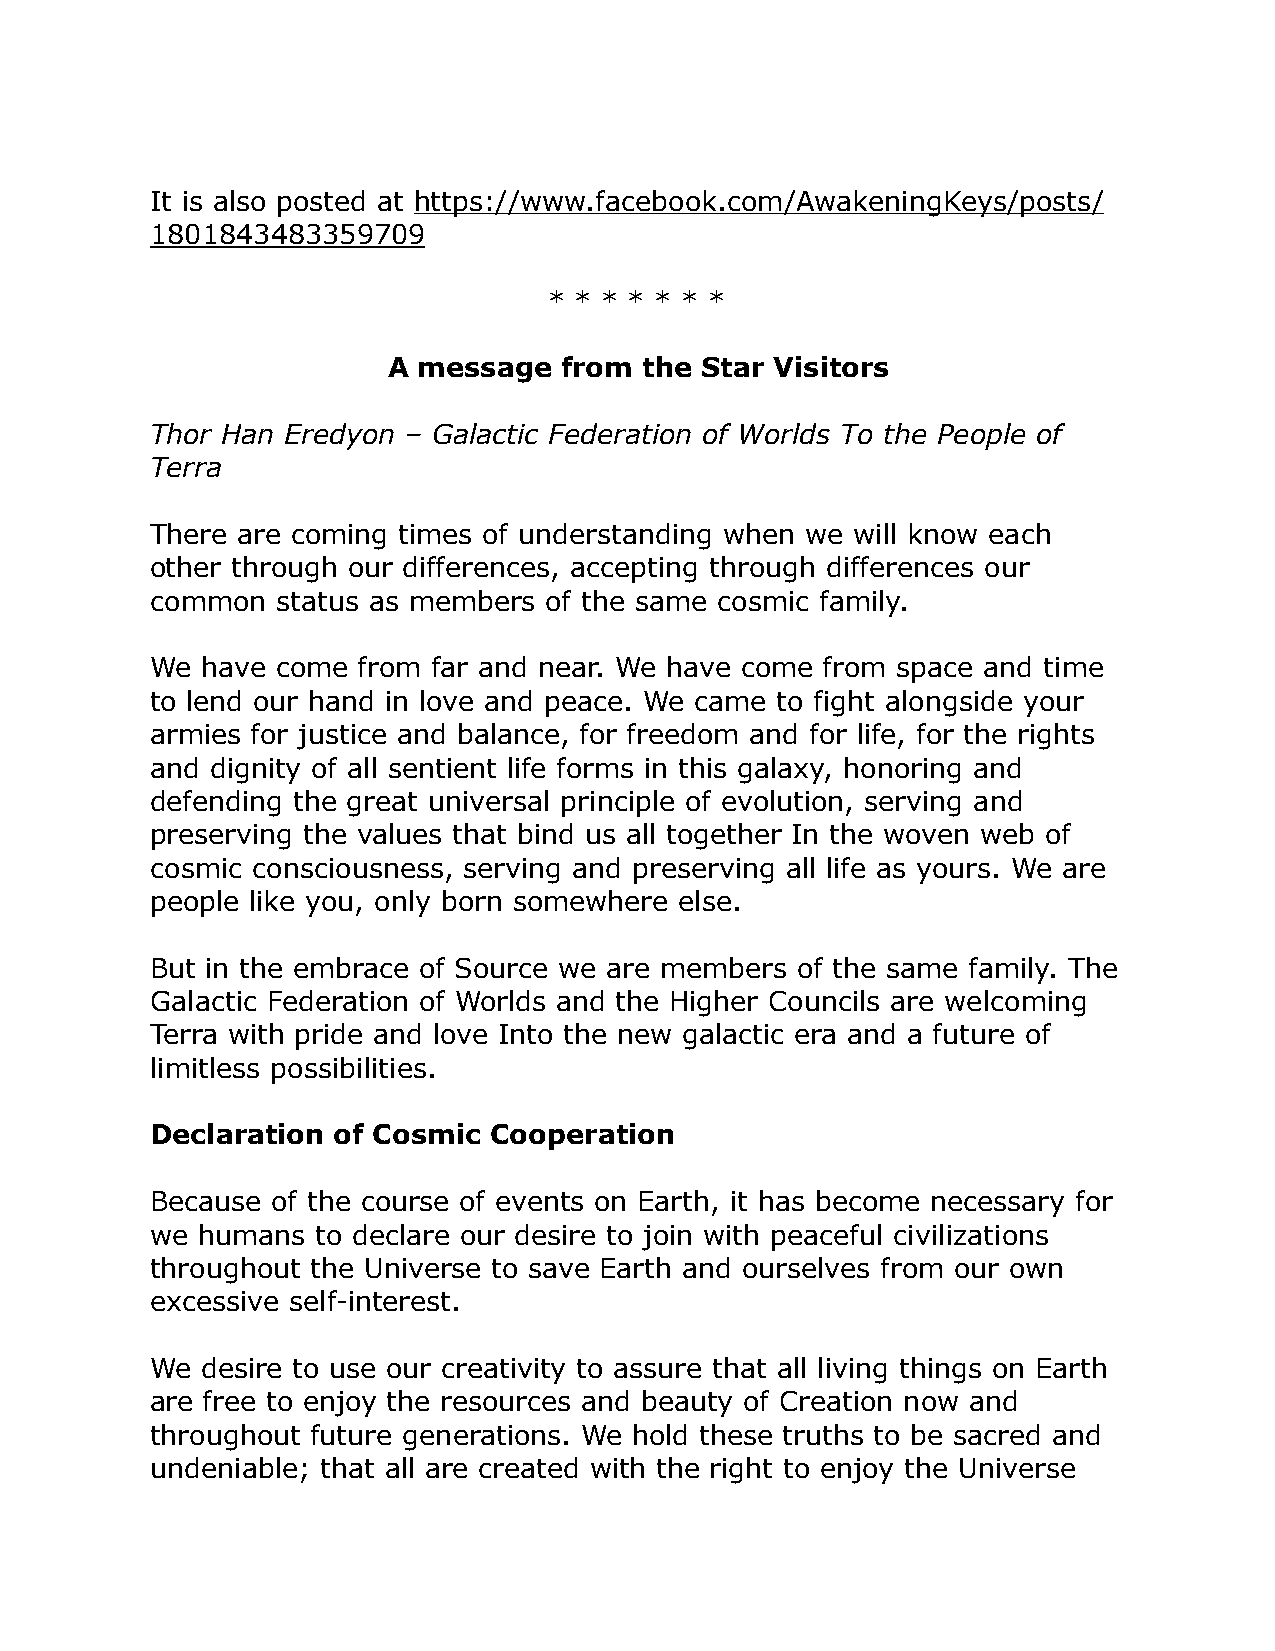
It is also posted at https://www.facebook.com/AwakeningKeys/posts/
 1801843483359709
 * * * * * * *
 A message  from  the Star Visitors
 Thor Han Eredyon – Galactic Federation of Worlds To the People of
 Terra
 There are coming times of understanding when we will know each
 other through our differences, accepting through differences our
 common  status as members of the same cosmic family.
 We have come  from far and near. We have come from space and time
 to lend our hand in love and peace. We came to fight alongside your
 armies for justice and balance, for freedom and for life, for the rights
 and dignity of all sentient life forms in this galaxy, honoring and
 defending the great universal principle of evolution, serving and
 preserving the values that bind us all together In the woven web of
 cosmic consciousness, serving and preserving all life as yours. We are
 people like you, only born somewhere else.
 But in the embrace of Source we are members of the same family. The
 Galactic Federation of Worlds and the Higher Councils are welcoming
 Terra with pride and love Into the new galactic era and a future of
 limitless possibilities.
 Declaration of Cosmic Cooperation
 Because of the course of events on Earth, it has become necessary for
 we humans  to declare our desire to join with peaceful civilizations
 throughout the Universe to save Earth and ourselves from our own
 excessive self-interest.
 We desire to use our creativity to assure that all living things on Earth
 are free to enjoy the resources and beauty of Creation now and
 throughout future generations. We hold these truths to be sacred and
 undeniable; that all are created with the right to enjoy the Universe